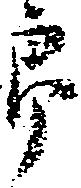
郎